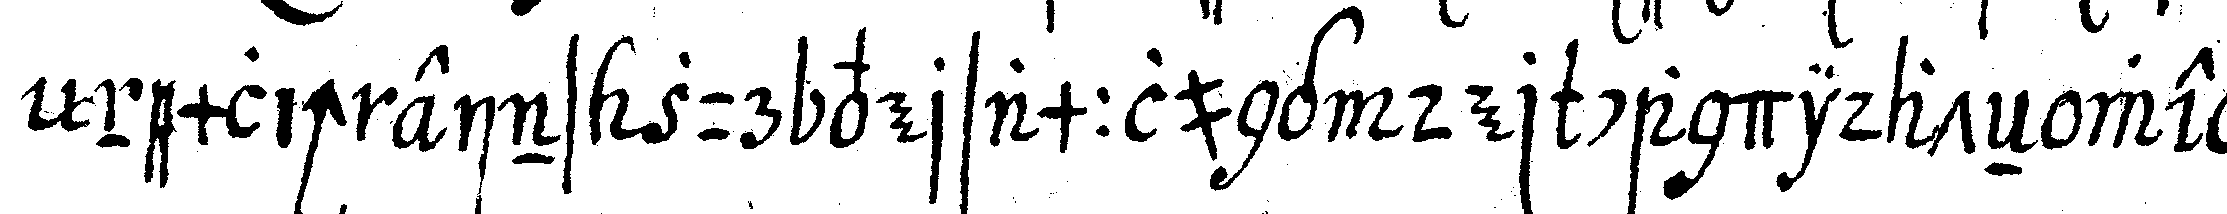
nemlich eins zur versammlung der candidateN wel